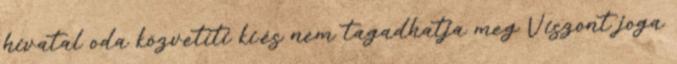
hivatal oda közvetíti ki,és nem tagadhatja meg Viszont joga